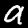
Digit: 9